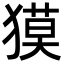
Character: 獏